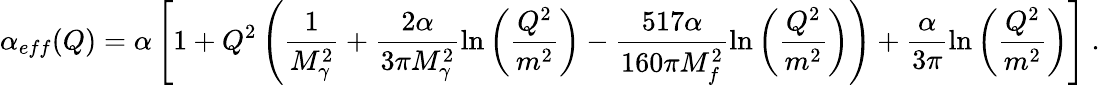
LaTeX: \alpha_{eff}(Q)=\alpha\left[1+Q^{2}\left(\frac{1}{M_{\gamma}^{2}}+\frac{2\alpha}{3\pi M_{\gamma}^{2}}\ln\left(\frac{Q^{2}}{m^{2}}\right)-\frac{517\alpha}{160\pi M_{f}^{2}}\ln\left(\frac{Q^{2}}{m^{2}}\right)\right)+\frac{\alpha}{3\pi}\ln\left(\frac{Q^{2}}{m^{2}}\right)\right]\ .